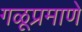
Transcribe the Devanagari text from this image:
गळूप्रमाणे